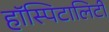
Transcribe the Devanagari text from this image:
हॉस्पिटालिटी